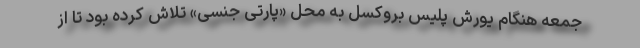
جمعه هنگام یورش پلیس بروکسل به محل «پارتی جنسی» تلاش کرده بود تا از